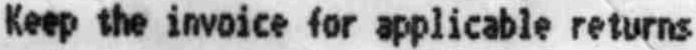
KEEP THE INVOICE FOR APPLICABLE RETURNS